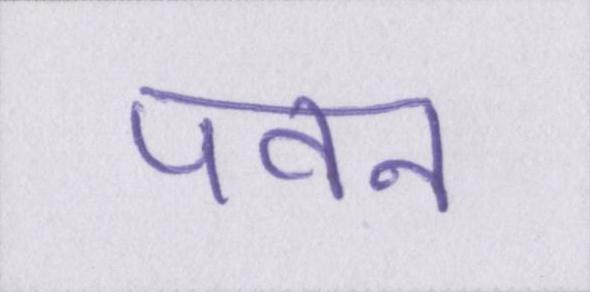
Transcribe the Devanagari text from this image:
पवन